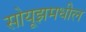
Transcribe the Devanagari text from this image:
सोयूझमधील